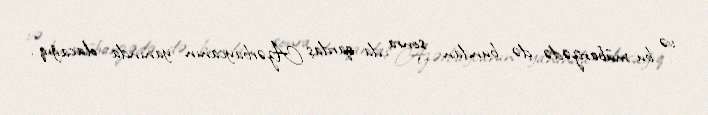
və bu mübarizədə də bundan sonra da qardaş Azərbaycanın yanında olacağıq”.